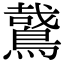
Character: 𪃘